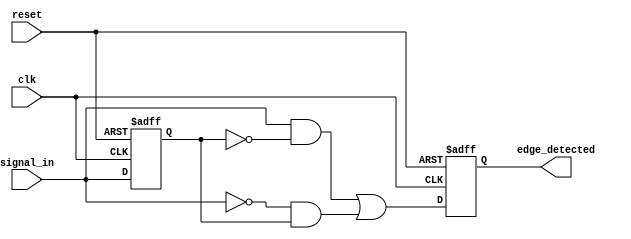
module dual_edge_detector (
    input wire clk,            // Clock signal
    input wire reset,          // Asynchronous reset signal
    input wire signal_in,      // Input signal to detect edges
    output reg edge_detected   // Output signal indicating edge detection
);

    // Memory element to store the previous state of the input signal
    reg signal_in_prev;

    // Edge detection logic
    always @(posedge clk or posedge reset) begin
        if (reset) begin
            // Initialize memory elements and output on reset
            signal_in_prev <= 1'b0;
            edge_detected <= 1'b0;
        end else begin
            // Edge detection logic
            edge_detected <= (signal_in && ~signal_in_prev) || (~signal_in && signal_in_prev);

            // Update the previous state of the input signal
            signal_in_prev <= signal_in;
        end
    end

endmodule